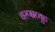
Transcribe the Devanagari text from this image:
चरणाव्यूह